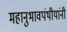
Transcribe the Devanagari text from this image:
महानुभावपंथीयांनी